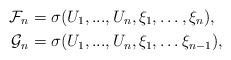
LaTeX: \begin{align*}\mathcal{F}_n&=\sigma(U_1,...,U_n,\xi_1,\dots,\xi_n),\\\mathcal{G}_n&=\sigma(U_1,...,U_n,\xi_1,\dots\xi_{n-1}),\end{align*}